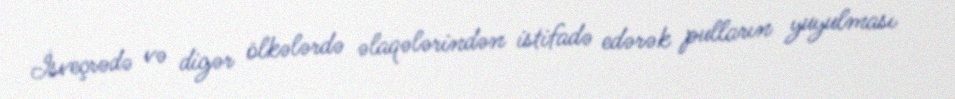
İsveçrədə və digər ölkələrdə əlaqələrindən istifadə edərək pulların yuyulması